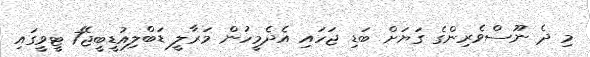
މި ދެ ނޫސްވެރިންގެ ގަޔަށް ބަޑި ޖަހައި އެދެމީހުން މަރާލީ ޑަބްލިއުޑީބީޖޭ7 ޓީވީގައި